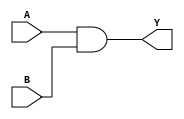

module my_module (
  input A,
  input B,
  output Y
);

  reg my_register;
  initial begin
    my_register = A;
  end


  assign Y = A & B;

endmodule